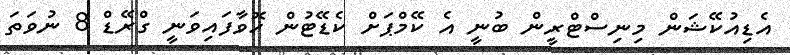
އެޑިއުކޭޝަން މިނިސްޓްރީން ބުނީ އެ ކޭމްޕަށް ކެޑޭޓުން ހޮވާފައިވަނީ ގްރޭޑް 8 ނުވަތަ